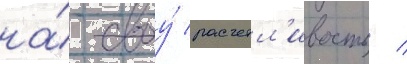
на́ своу́ расчетл'ивость /